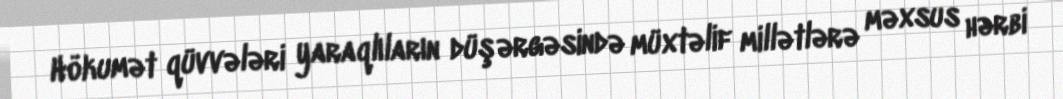
Hökumət qüvvələri yaraqlıların düşərgəsində müxtəlif millətlərə məxsus hərbi